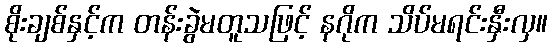
စိုးချစ်နှင့်က တန်းခွဲမတူသဖြင့် နဂိုက သိပ်မရင်းနှီးလှ။